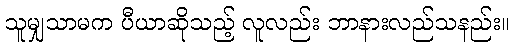
သူမျှသာမက ပီယာဆိုသည့် လူလည်း ဘာနားလည်သနည်း။